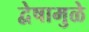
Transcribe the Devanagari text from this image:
द्वेषामुळे